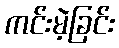
ကင်းမဲ့ခြင်း